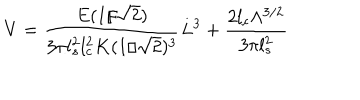
LaTeX: V = \frac { E ( 1 / \sqrt { 2 } ) } { 3 \pi l _ { s } ^ { 2 } l _ { c } ^ { 2 } K ( 1 / \sqrt { 2 } ) ^ { 3 } } L ^ { 3 } + \frac { 2 l _ { c } \Lambda ^ { 3 / 2 } } { 3 \pi l _ { s } ^ { 2 } }